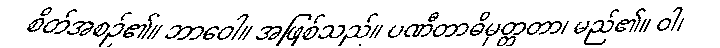
စိတ်အစဉ်၏။ ဘာဝေါ။ အဖြစ်သည်။ ပဏီတာဓိမုတ္တတာ၊ မည်၏။ ဝါ၊